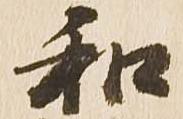
和